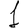
Digit: 1